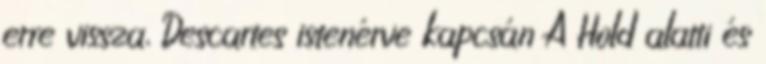
erre vissza, Descartes istenérve kapcsán A Hold alatti és